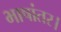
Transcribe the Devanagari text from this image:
भाषांतर।